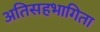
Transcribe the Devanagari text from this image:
अतिसहभागिता